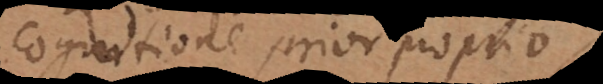
cognitione prior proprio.